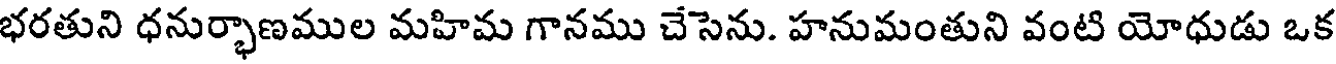
భరతుని ధనుర్భాణముల మహిమ గానము చేసెను. హనుమంతుని వంటి యోధుడు ఒక